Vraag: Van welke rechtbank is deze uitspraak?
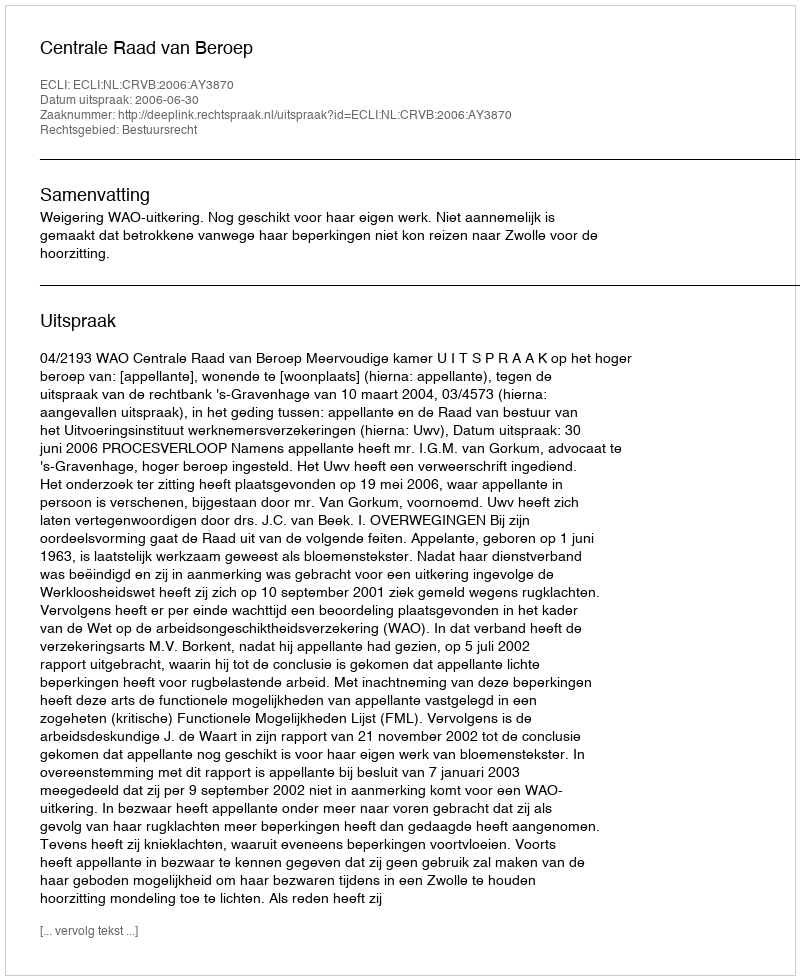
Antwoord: Centrale Raad van Beroep